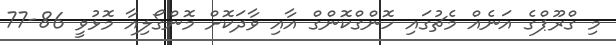
މި ގްރޫޕްގެ އަނެއް މެޗުގައި ހޮންގްކޮންގް އާއި ވާދަކޮށް މޮންގޯލިއާ މޮޅުވީ 86-77